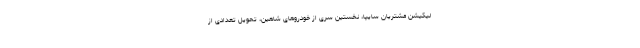
لیکیشن مشتریان سایپا، نخستین سری از خودروهای شاهین، تحویل تعدادی از